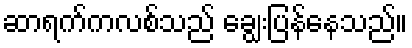
ဆာရက်ကလစ်သည် ချွေးပြန်နေသည်။